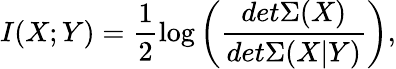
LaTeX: I(X;Y)=\frac{1}{2}\log\left(\frac{det\Sigma(X)}{det\Sigma(X|Y)}\right),